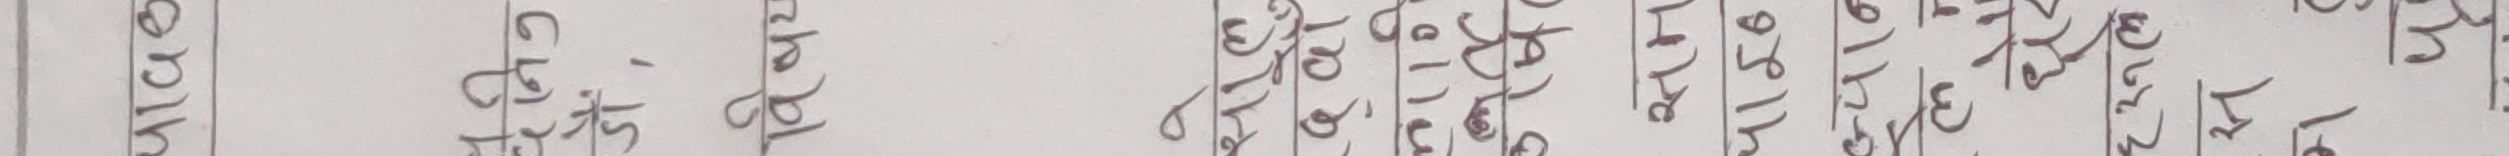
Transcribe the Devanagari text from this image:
4140
दैनिन
डौं,
विषय
साल
al
कर्षित
सम
4156
ज्यान
धेरै
स
મ તું